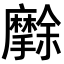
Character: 𭣒